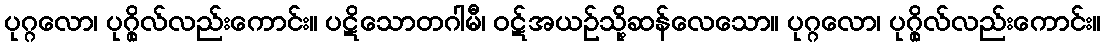
ပုဂ္ဂလော၊ ပုဂ္ဂိုလ်လည်းကောင်း။ ပဋိသောတဂါမီ၊ ဝဋ်အယဉ်သို့ဆန်လေသော။ ပုဂ္ဂလော၊ ပုဂ္ဂိုလ်လည်းကောင်း။